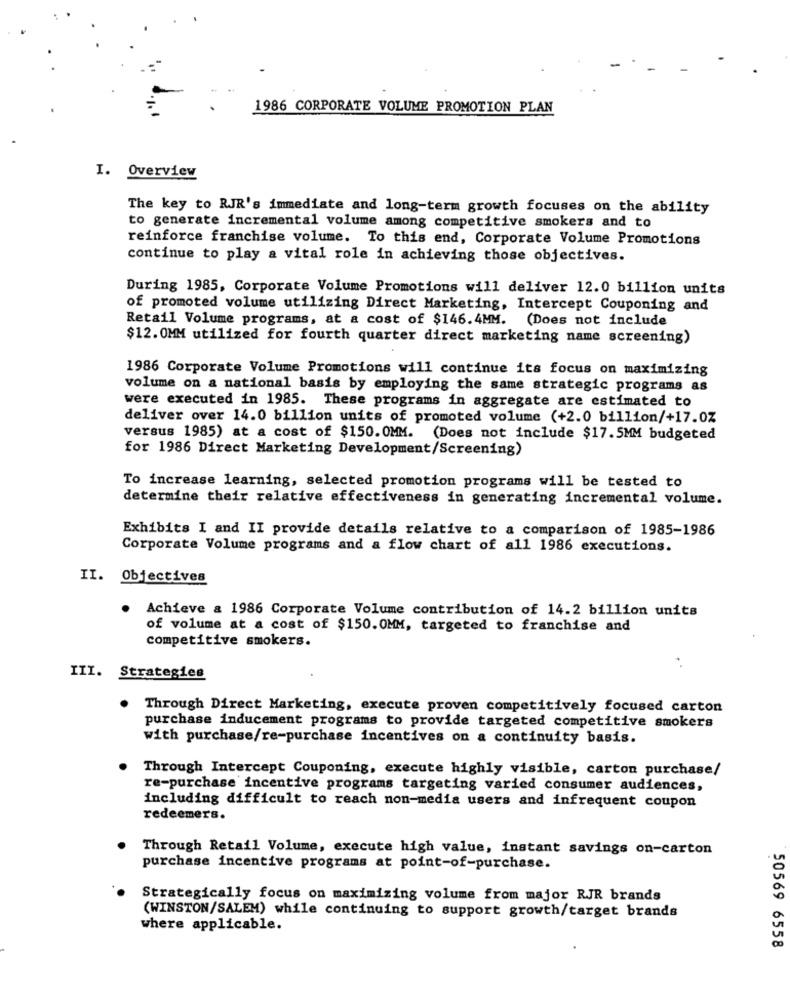
1986 CORPORATE VOLUME PROMOTION PLAN
I. Overview
The key to RJR's immediate and long-term growth focuses on the ability
to generate incremental volume among competitive smokers and to
reinforce franchise volume. To this end, Corporate Volume Promotions
continue to play a vital role in achieving those objectives.
During 1985, Corporate Volume Promotions will deliver 12.0 billion units
of promoted volume utilizing Direct Marketing, Intercept Couponing and
Retail Volume programs, at a cost of $146.4MM. (Does not include
$12. 0MM utilized for fourth quarter direct marketing name screening)
1986 Corporate Volume Promotions will continue its focus on maximizing
volume on a national basis by employing the same strategic programs as
were executed in 1985. These programs in aggregate are estimated to
deliver over 14.0 billion units of promoted volume (+2.0 billion/+17.0%
versus 1985) at a cost of $150. 0MM. (Does not include $17.5MM budgeted
for 1986 Direct Marketing Development/Screening)
To increase learning, selected promotion programs will be tested to
determine their relative effectiveness in generating incremental volume.
Exhibits I and II provide details relative to a comparison of 1985-1986
Corporate Volume programs and a flow chart of all 1986 executions.
II. Objectives
Achieve & 1986 Corporate Volume contribution of 14.2 billion units
of volume at a cost of $150.0MM, targeted to franchise and
competitive smokers.
. .
III. Strategies
. Through Direct Marketing, execute proven competitively focused carton
purchase inducement programs to provide targeted competitive smokers
with purchase/re-purchase incentives on a continuity basis.
Through Intercept Couponing, execute highly visible, carton purchase/
re-purchase incentive programs targeting varied consumer audiences,
including difficult to reach non-media users and infrequent coupon
redeemers.
Through Retail Volume, execute high value, instant savings on-carton
purchase incentive programs at point-of-purchase.
Strategically focus on maximizing volume from major RJR brands
(WINSTON/SALEM) while continuing to support growth/target brands
where applicable.
50569 6558